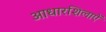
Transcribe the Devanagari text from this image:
आधारशिलाऐं